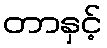
တာနှင့်